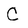
Character: C